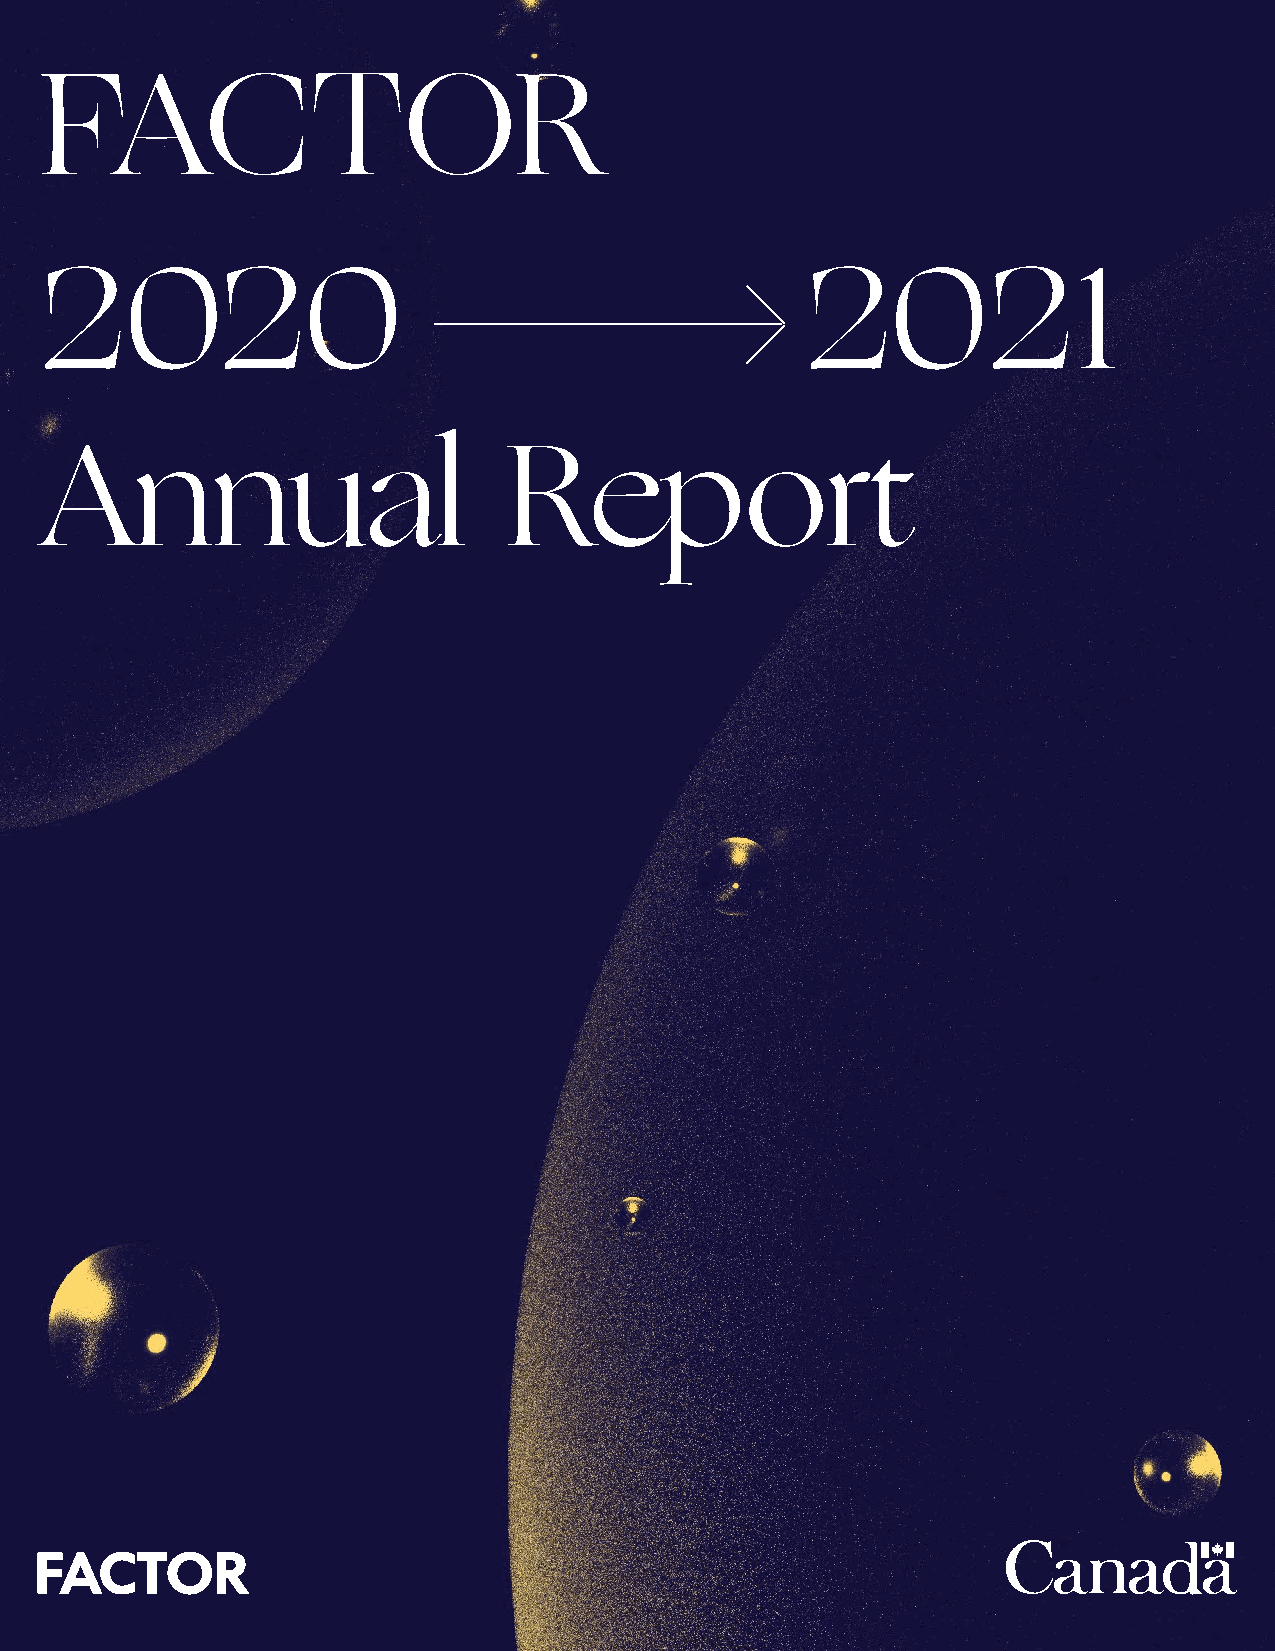
FACTOR
 2020                                              2021
 Annual                         Report